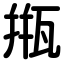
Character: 甁